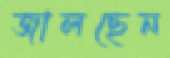
জালছেন